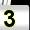
Digit: 3